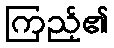
ကြည့်၏